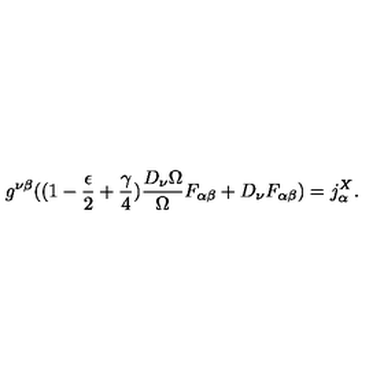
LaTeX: g ^ { \nu \beta } ( ( 1 - \frac { \epsilon } { 2 } + \frac { \gamma } { 4 } ) \frac { D _ { \nu } \Omega } { \Omega } F _ { \alpha \beta } + D _ { \nu } F _ { \alpha \beta } ) = j _ { \alpha } ^ { X } .